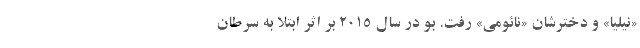
«نیلیا» و دخترشان «نائومی» رفت. بو در سال ۲۰۱۵ بر اثر ابتلا به سرطان